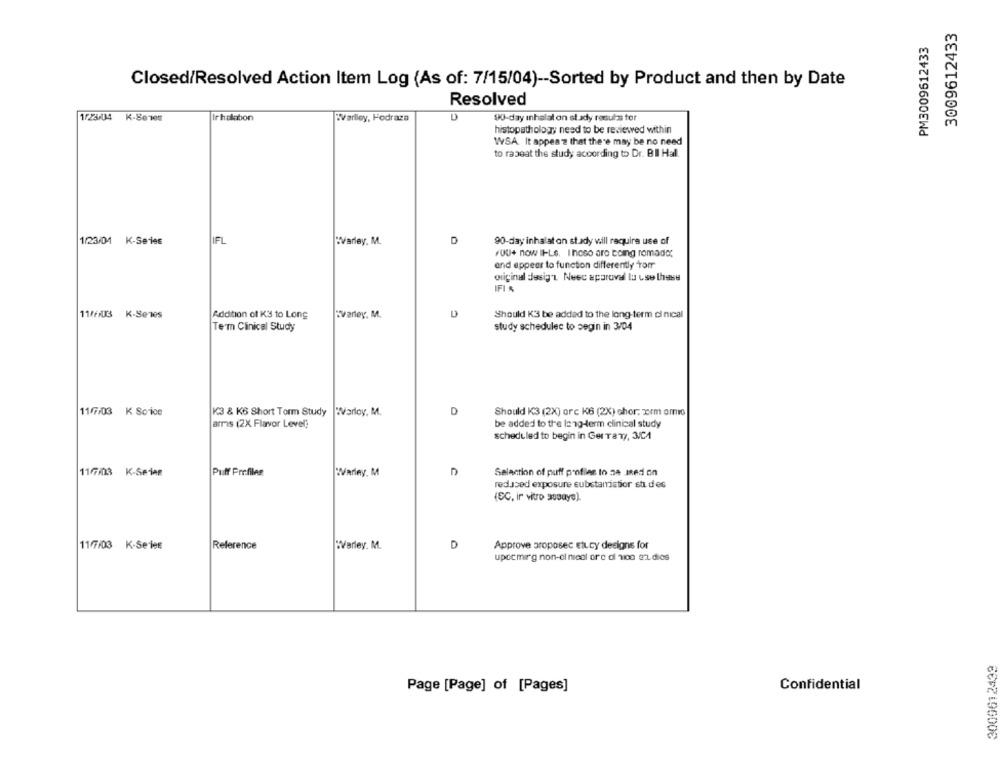
3009612433
PM3009612433
Closed/Resolved Action Item Log (As of: 7/15/04) -- Sorted by Product and then by Date
Resolved
1/23/04 K-8e105
Ir halabon
Warlley, Hodraza
90-day inhalat on stady resuis for
histopathology need to be reviewed within
WSA It appen's that there may be no need
to raseat the study according to Dr. B Il Hal.
1/23/01 K-Series
IFL
WVarley. M.
D
90-day inhalat on stady will require use of
FOU+ now IF-Le. I hoso are toing romado;
and appear to function differently Tom
original desig's Neec approval la use these
IFI &
11//03 K-Sens
Addition of KS to Long
Evarley, M.
Should K'3 be added to the long-term ci nical
Tem Clinical Study
study schedulec to segin in 3/04
K3 & K6 Short Term Study |Warley, M.
D
Should K3 (2X) orc K6 (2X) chor. zerm amio
11/7/03 K Soice
arris (2X Flavor Level)
be added to the long-term clinical study
scheduled to begin in Ger Tary, 3/C1
11/7/03 K-Serien
Puff Profiles
Warley, M
Selection of puff profiles to 24 Jed on
reduced exposure cubetamistior sti des
(SC, in vitro ausays).
11/7/03 K-Series
Reference
"Varley. M.
D
Approve proposec stucy designs for
upccmirg non-cl nicol ore di nica art. dies
2009612439
Page [Page] of [Pages]
Confidential